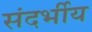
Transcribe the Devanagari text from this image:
संदर्भीय